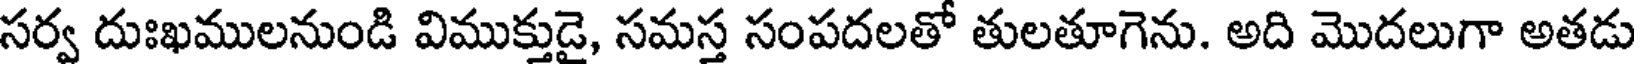
సర్వ దుఃఖములనుండి విముక్తుడై, సమస్త సంపదలతో తులతూగెను. అది మొదలుగా అతడు